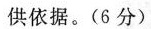
供依据。(6分)